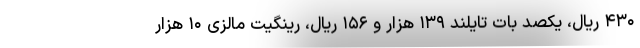
۴۳۰ ریال، یکصد بات تایلند ۱۳۹ هزار و ۱۵۶ ریال، رینگیت مالزی ۱۰ هزار